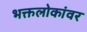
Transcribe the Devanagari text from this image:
भक्तलोकांवर